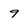
Character: 9